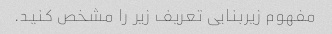
مفهوم زیربنایی تعریف زیر را مشخص کنید.